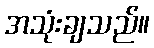
အသုံးချသည်။